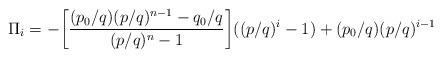
LaTeX: \begin{align*}\Pi_i=-\bigg[\frac{(p_0/q)(p/q)^{n-1}-q_0/q}{(p/q)^n-1}\bigg]((p/q)^i-1)+(p_0/q)(p/q)^{i-1}\end{align*}